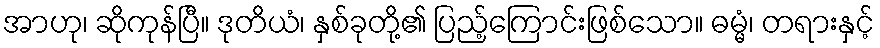
အာဟု၊ ဆိုကုန်ပြီ။ ဒုတိယံ၊ နှစ်ခုတို့၏ ပြည့်ကြောင်းဖြစ်သော။ ဓမ္မံ၊ တရားနှင့်